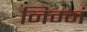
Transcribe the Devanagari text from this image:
निम्नं